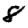
Digit: 8